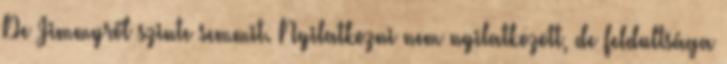
De Jimmyről szinte semmit. Nyilatkozni nem nyilatkozott, de feldultsága